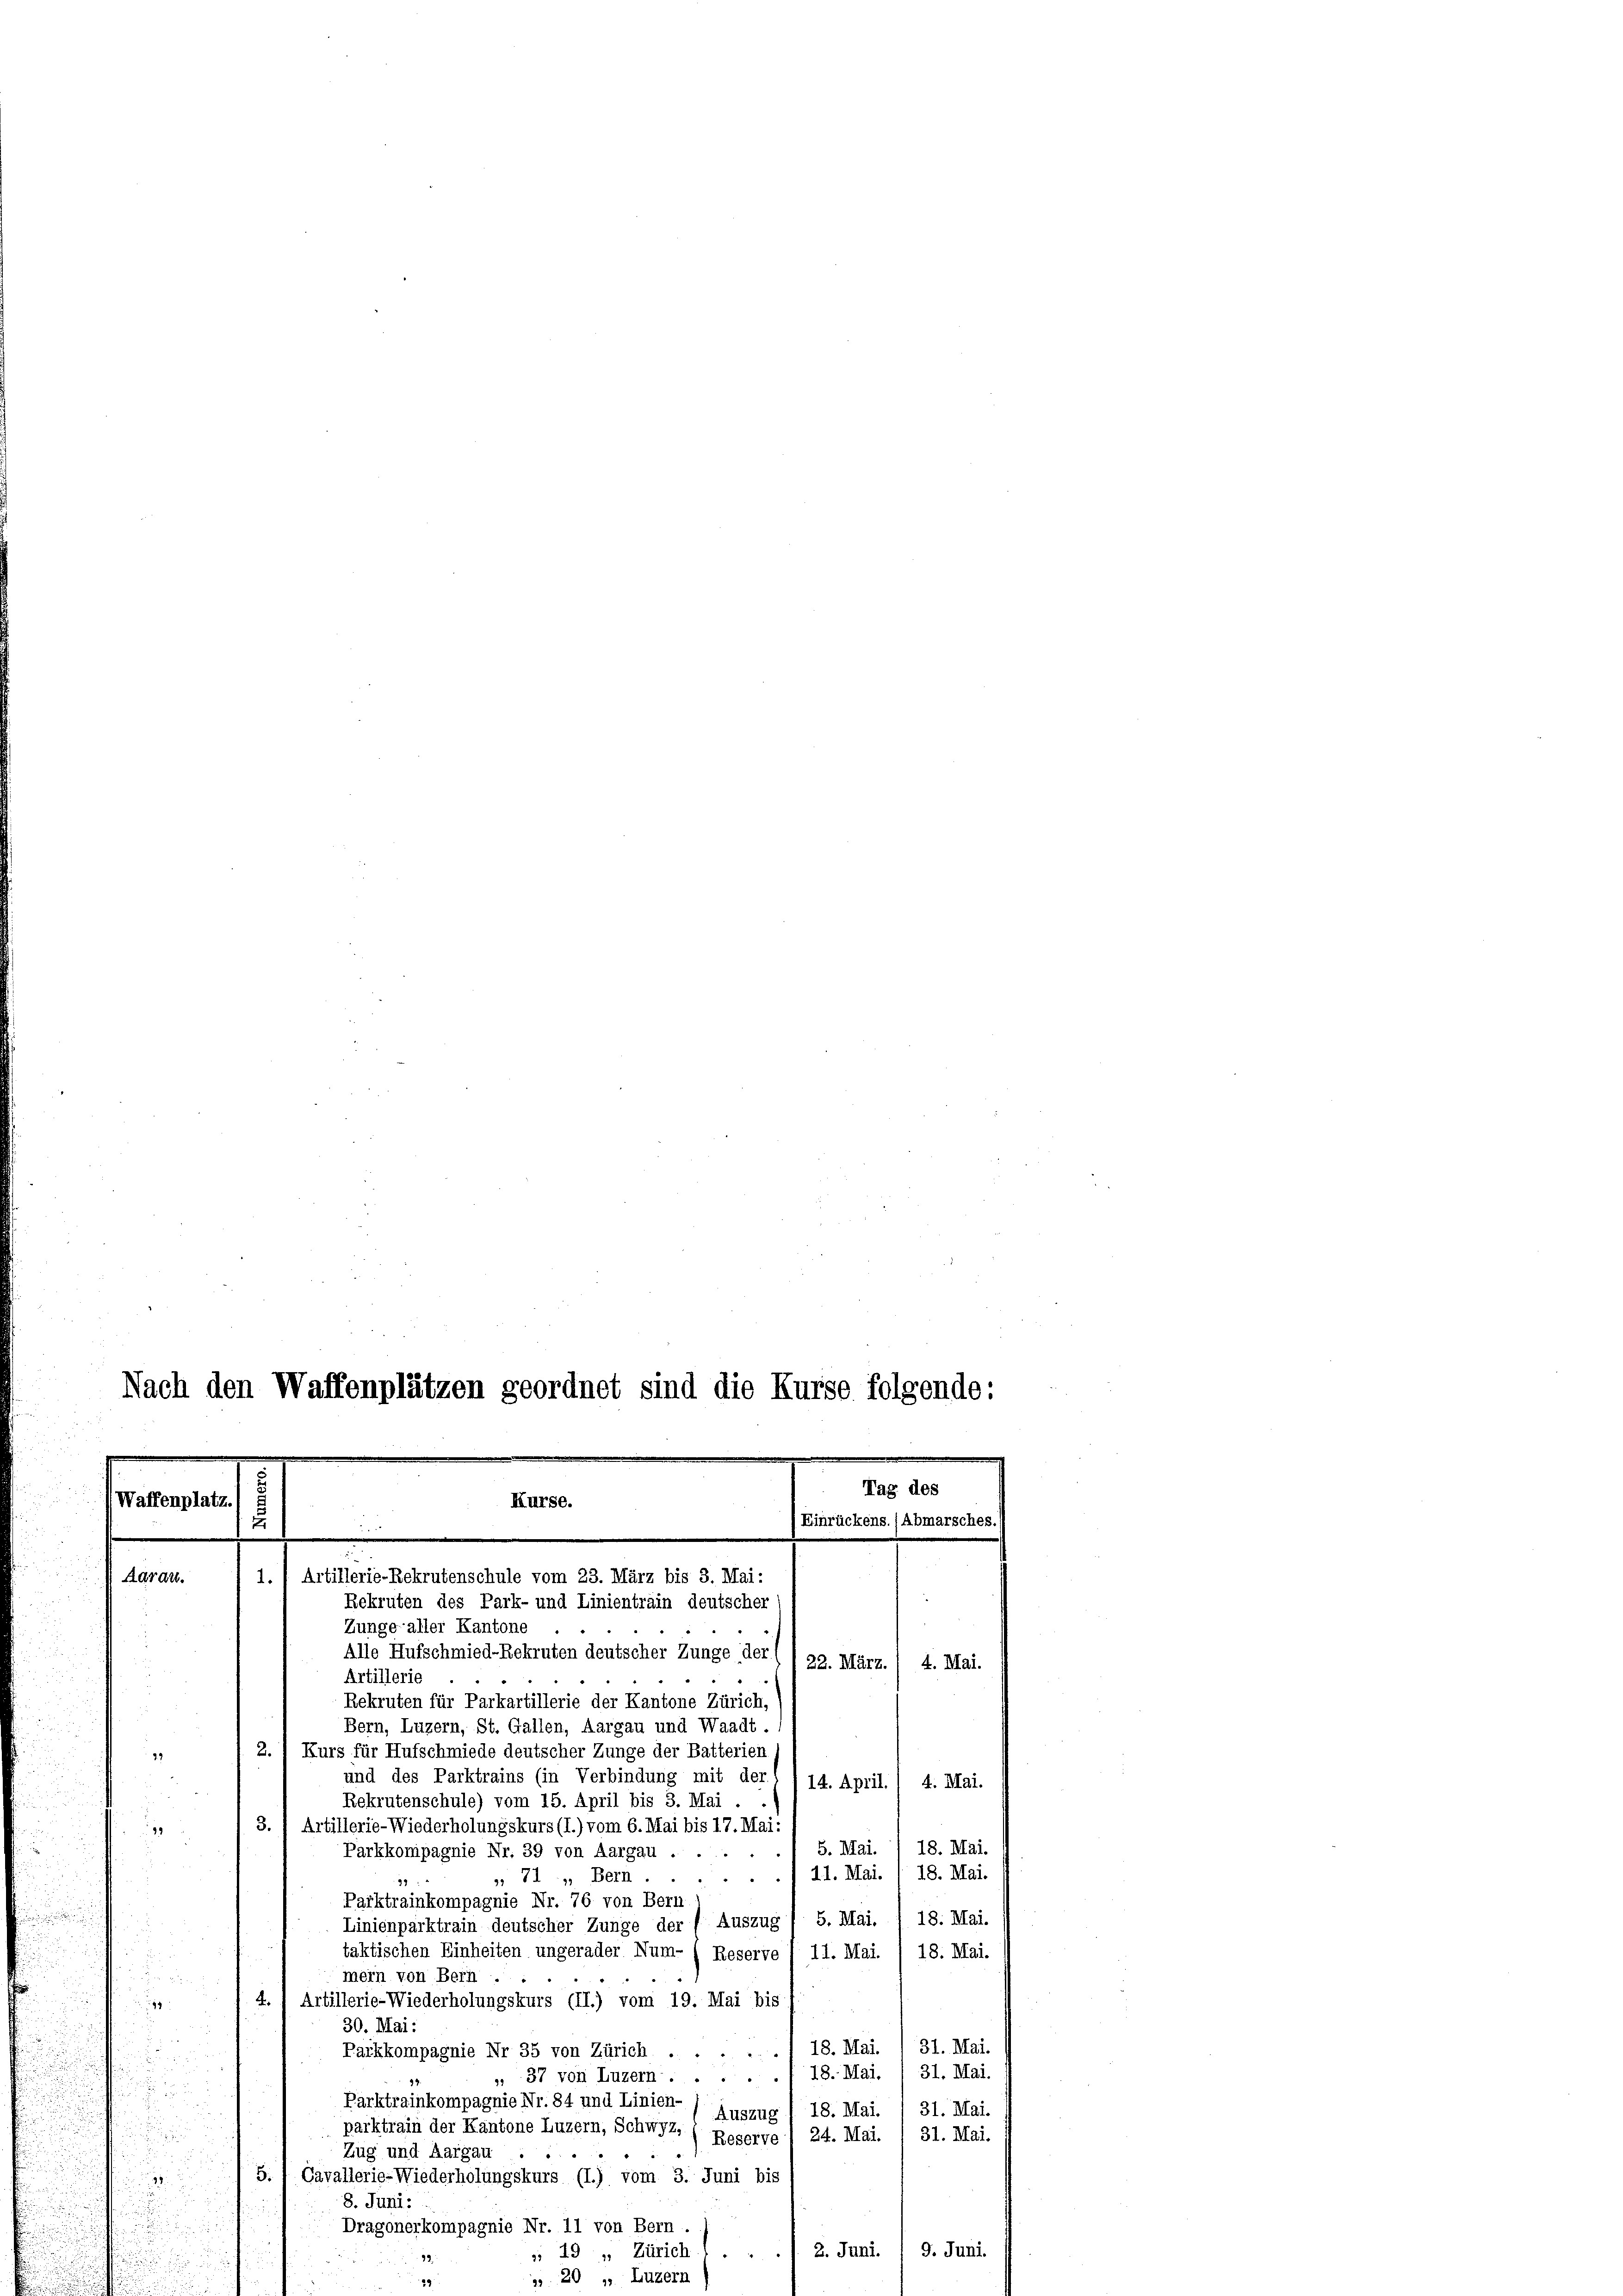
Waffenplatz.

Aarau

.

Nach den Waffenplätzen geordnet sind die Kurse folgende:
Tag des
Kurse.
Einrückens. (Abmarsches.)
u
.
1. I Artillerie-Rekrutenschule vom 23. März bis 3. Mai:
Rekruten des Park- und Linientrain deutscher

Zunge aller Kantone
Alle Hufschmied-Rekruten deutscher Zunge der II 22. März. / 4. Mai.
Artillerie
Rekruten für Parkartillerie der Kantone Zürich,
Bern, Luzern, St. Gallen, Aargau und Waadt.
2.1 Kurs für Hufschmiede deutscher Zunge der Batterien (
und des Parktrains (in Verbindung mit der, I 14. April. 4. Mai.
Rekrutenschule) vom 15. April bis 3. Mai . ..
3.) Artillerie-Wiederholungskurs (I.) vom 6. Mai bis 17. Mai:
18. Mai.
S. Mai.
Parkkompagnie Nr. 39 von Aargau ..
11. Mai. / 18. Mai.
», 71, Bern.....
99
Parktrainkompagnie Nr. 76 von Bern
Linienparktrain deutscher Zunge der Auszug / 5. Mai. I 18. Mai.
taktischen Einheiten ungerader Num- ( Reserve / 11. Mai. / 18. Mai.
mern von Bern
4.) Artillerie-Wiederholungskurs (II.) vom 19. Mai bis
30. Mai:
31. Mai.
18. Mai.
Packkompagnie Nr 35 von Zürich ......
31. Mai.
18. Mai.
37 von Luzern.....
Parktrainkompagnie Nr. 84 und Linien-
18. Mai. / 31. Mai.
Auszug
parktrain der Kantone Luzern, Schwyz,
31. Mai.
24. Mai.
Reserve
Zug und Aargau
5.) Cavallerie-Wiederholungskurs (I.) vom 3. Juni bis
8. Juni:
Dragonerkompagnie Nr. 11 von Bern.
2. Juni. / 9. Juni.
 29 „ Zürich